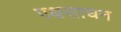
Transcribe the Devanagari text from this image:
पक्षसाधन